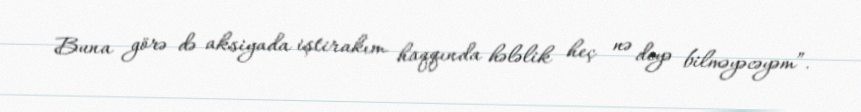
Buna görə də aksiyada iştirakım haqqında hələlik heç nə deyə bilməyəcəyəm”.